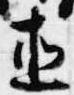
直